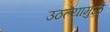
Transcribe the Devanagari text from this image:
उठल्यामुळे